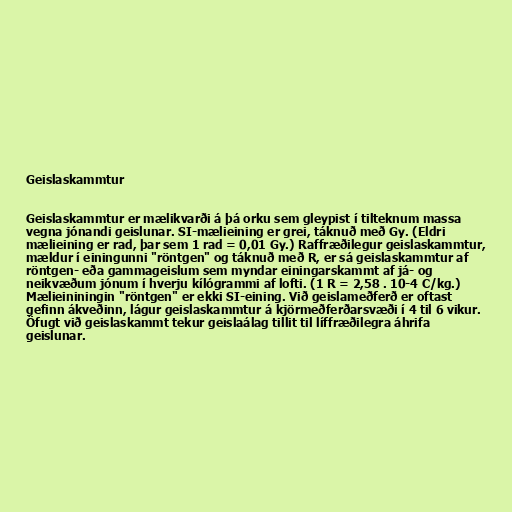
Geislaskammtur

Geislaskammtur er mælikvarði á þá orku sem gleypist í tilteknum massa
vegna jónandi geislunar. SI-mælieining er grei, táknuð með Gy. (Eldri
mælieining er rad, þar sem 1 rad = 0,01 Gy.) Raffræðilegur geislaskammtur,
mældur í einingunni "röntgen" og táknuð með R, er sá geislaskammtur af
röntgen- eða gammageislum sem myndar einingarskammt af já- og
neikvæðum jónum í hverju kílógrammi af lofti. (1 R = 2,58 . 10-4 C/kg.)
Mælieininingin "röntgen" er ekki SI-eining. Við geislameðferð er oftast
gefinn ákveðinn, lágur geislaskammtur á kjörmeðferðarsvæði í 4 til 6 vikur.
Öfugt við geislaskammt tekur geislaálag tillit til líffræðilegra áhrifa
geislunar.